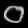
Digit: ၀